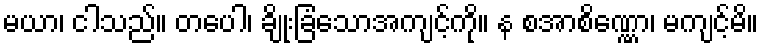
မယာ၊ ငါသည်။ တပေါ၊ ချိုးခြံသောအကျင့်ကို။ န စအာစိဏ္ဏော၊ မကျင့်မိ။